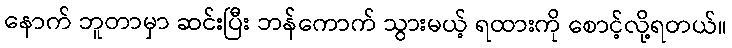
နောက် ဘူတာမှာ ဆင်းပြီး ဘန်ကောက် သွားမယ့် ရထားကို စောင့်လို့ရတယ်။